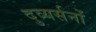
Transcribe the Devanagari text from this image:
दुव्यर्सनों